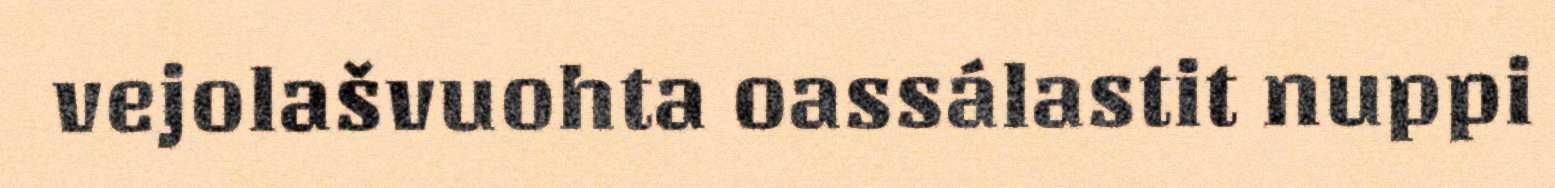
vejolašvuohta oassálastit nuppi